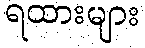
ရထားများ